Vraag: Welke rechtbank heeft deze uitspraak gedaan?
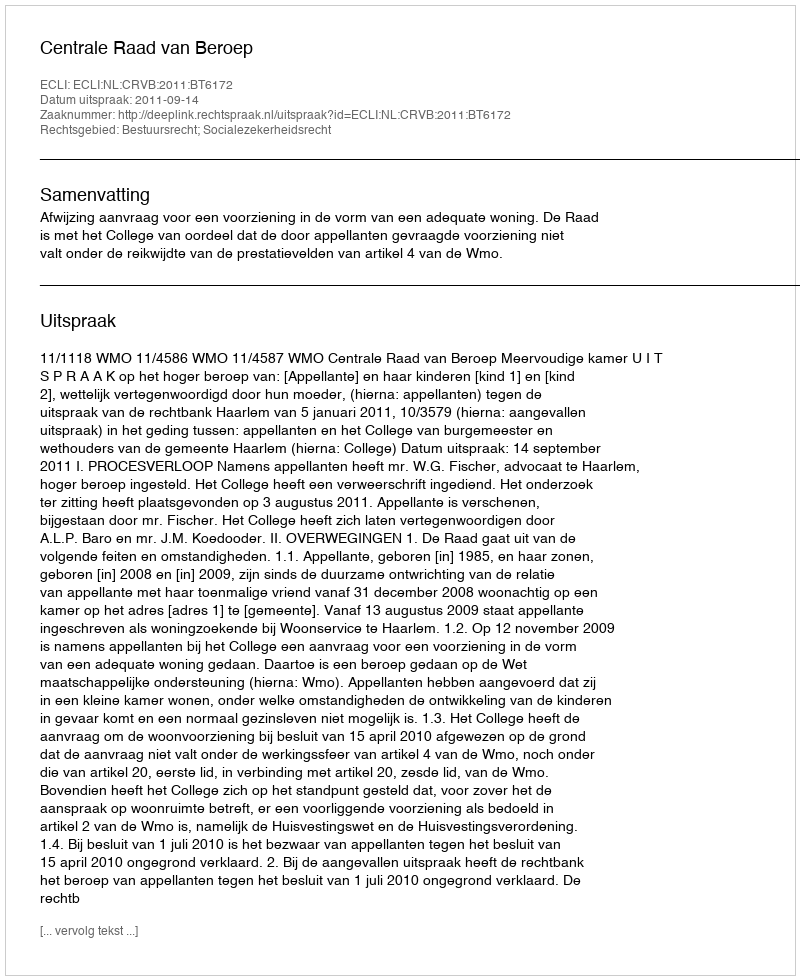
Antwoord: Centrale Raad van Beroep